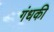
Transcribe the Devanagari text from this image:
गंधकी